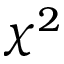
\chi ^ { 2 }